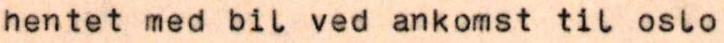
hentet med bil ved ankomst til oslo